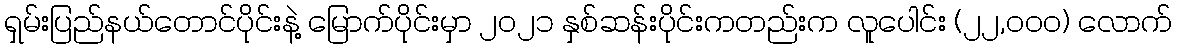
ရှမ်းပြည်နယ်တောင်ပိုင်းနဲ့ မြောက်ပိုင်းမှာ ၂၀၂၁ နှစ်ဆန်းပိုင်းကတည်းက လူပေါင်း (၂၂,၀၀၀) လောက်